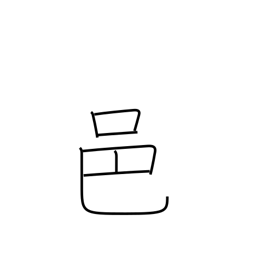
Meaning: rural community